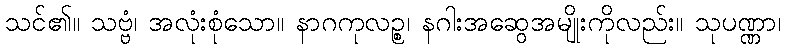
သင်၏။ သဗ္ဗံ၊ အလုံးစုံသော။ နာဂကုလဉ္စ၊ နဂါးအဆွေအမျိုးကိုလည်း။ သုပဏ္ဏာ၊